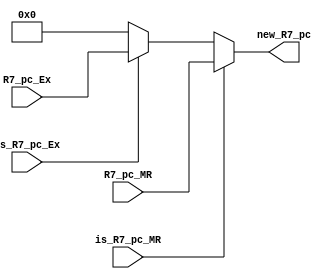
module R7_pc_priority (is_R7_pc_Ex,is_R7_pc_MR,R7_pc_Ex,R7_pc_MR,new_R7_pc);

input is_R7_pc_Ex,is_R7_pc_MR;
input [15:0] R7_pc_Ex,R7_pc_MR;
output reg [15:0] new_R7_pc;

always @(*)
begin

if( is_R7_pc_MR )
new_R7_pc = R7_pc_MR;

else if( is_R7_pc_Ex )
new_R7_pc = R7_pc_Ex;

else
new_R7_pc = 16'h0000;

end

endmodule